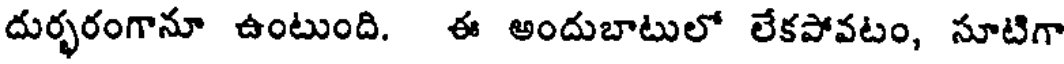
దుర్భరంగానూ ఉంటుంది. ఈ అందుబాటులో లేకపోవటం, సూటిగా